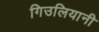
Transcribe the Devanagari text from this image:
गिउलियानी